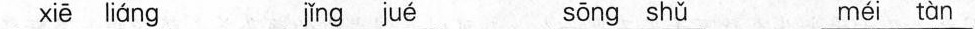
xiē liáng jǐng jué sōng shǔ méi tàn